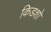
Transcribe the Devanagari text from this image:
किडशो